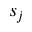
s _ { j }